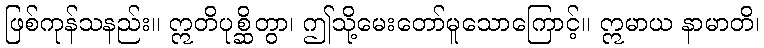
ဖြစ်ကုန်သနည်း။ ဣတိပုစ္ဆိတွာ၊ ဤသို့မေးတော်မူသောကြောင့်။ ဣမာယ နာမာတိ၊